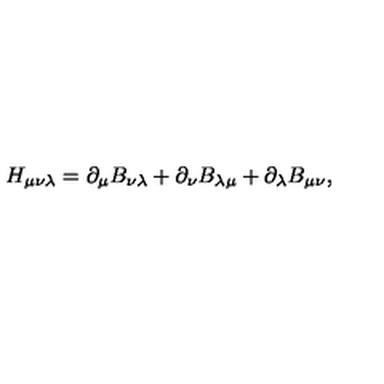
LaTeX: H _ { \mu \nu \lambda } = \partial _ { \mu } B _ { \nu \lambda } + \partial _ { \nu } B _ { \lambda \mu } + \partial _ { \lambda } B _ { \mu \nu } ,